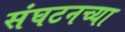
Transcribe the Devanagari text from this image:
संघटनच्या